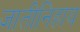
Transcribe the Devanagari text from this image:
जातीनिहाय